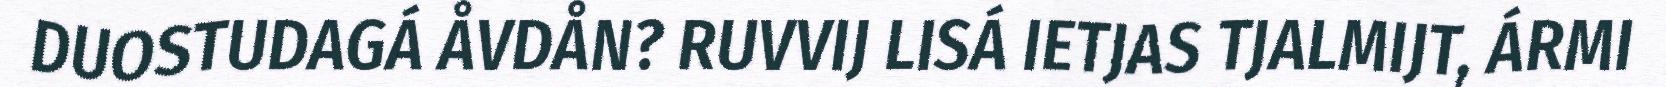
DUOSTUDAGÁ ÅVDÅN? RUVVIJ LISÁ IETJAS TJALMIJT, ÁRMI